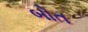
બોત